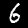
Digit: 6